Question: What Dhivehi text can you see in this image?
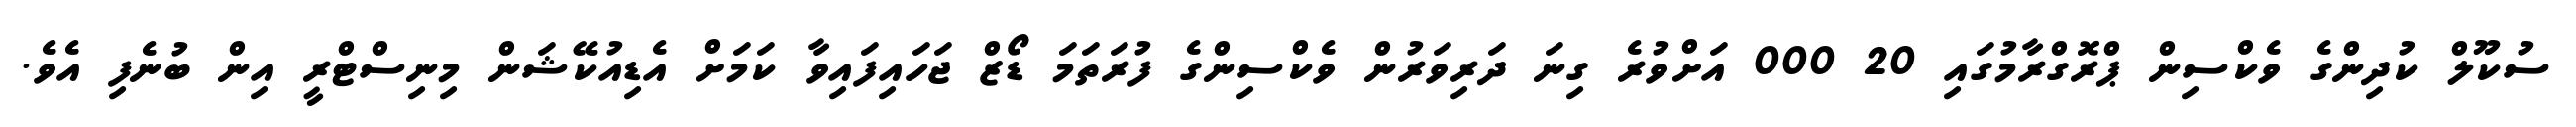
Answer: ސުކޫލް ކުދިންގެ ވެކްސިން ޕްރޮގްރާމުގައި 20 000 އަށްވުރެ ގިނަ ދަރިވަރުން ވެކްސިންގެ ފުރަތަމަ ޑޯޒް ޖަހައިފައިވާ ކަމަށް އެޑިއުކޭޝަން މިނިސްޓްރީ އިން ބުނެފި އެވެ.